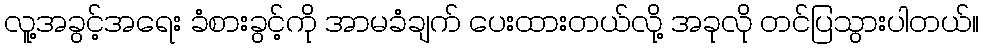
လူ့အခွင့်အရေး ခံစားခွင့်ကို အာမခံချက် ပေးထားတယ်လို့ အခုလို တင်ပြသွားပါတယ်။